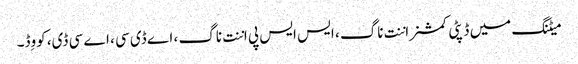
میٹنگ میں ڈپٹی کمشنر اننت ناگ ، ایس ایس پی اننت ناگ ، اے ڈی سی ، اے سی ڈی، کووِڈ۔